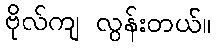
ဗိုလ်ကျ လွန်းတယ်။